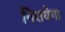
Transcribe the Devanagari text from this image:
गिरायेगा